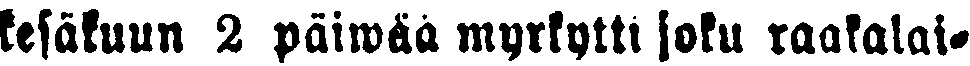
kesäkuun 2 päiwää myrkytti joku raakalai-